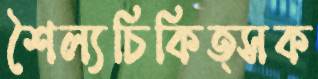
শৈল্যচিকিত্সক